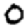
Digit: 0